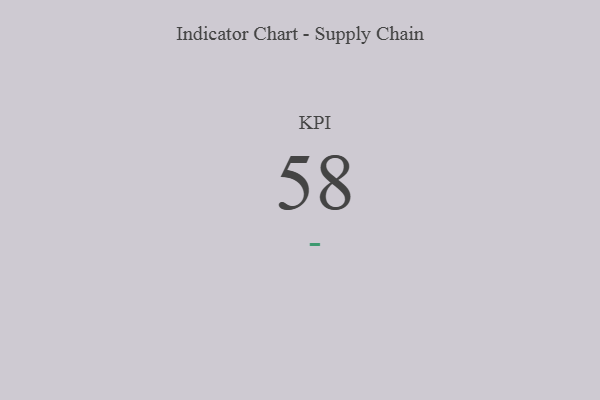
{"axis": {"x": "KPI", "y": "Value"}, "legend": [""], "data": [{"x": "KPI", "y": 58, "type": ""}]}